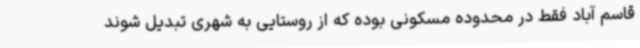
قاسم آباد فقط در محدوده مسکونی بوده که از روستایی به شهری تبدیل شوند